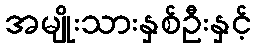
အမျိုးသားနှစ်ဦးနှင့်